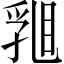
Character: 𥇽